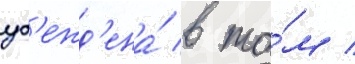
уб'ежд'ена́ в то́м /